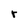
Character: r